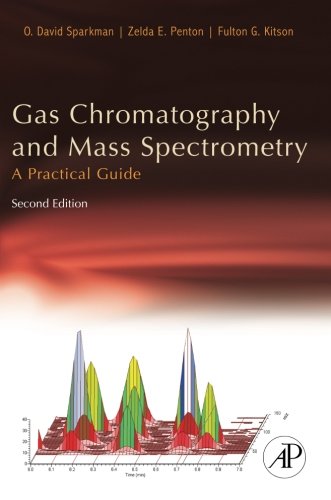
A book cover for Gas Chromatography and Mass Spectrometry: A Practical Guide, Second Edition; O. David Sparkman; Science & Math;